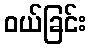
ဝယ်ခြင်း